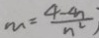
m = \frac { 4 - 4 n } { n ^ { 2 } }